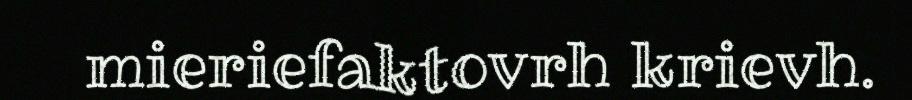
mieriefaktovrh krievh.